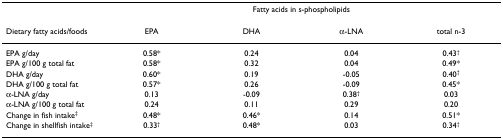
<table><thead><tr><td></td><td colspan="4"><b>Fatty acids in s-phospholipids</b></td></tr><tr><td><b>Dietary fatty acids/foods</b></td><td><b>EPA</b></td><td><b>DHA</b></td><td><b>α-LNA</b></td><td><b>total n-3</b></td></tr></thead><tbody><tr><td>EPA g/day</td><td>0.58*</td><td>0.24</td><td>0.04</td><td>0.43<sup>†</sup></td></tr><tr><td>EPA g/100 g total fat</td><td>0.58*</td><td>0.32</td><td>0.04</td><td>0.49*</td></tr><tr><td>DHA g/day</td><td>0.60*</td><td>0.19</td><td>-0.05</td><td>0.40<sup>†</sup></td></tr><tr><td>DHA g/100 g total fat</td><td>0.57*</td><td>0.26</td><td>-0.09</td><td>0.45*</td></tr><tr><td>α-LNA g/day</td><td>0.13</td><td>-0.09</td><td>0.38<sup>†</sup></td><td>0.03</td></tr><tr><td>α-LNA g/100 g total fat</td><td>0.24</td><td>0.11</td><td>0.29</td><td>0.20</td></tr><tr><td>Change in fish intake<sup>‡</sup></td><td>0.48*</td><td>0.46*</td><td>0.14</td><td>0.51*</td></tr><tr><td>Change in shellfish intake<sup>‡</sup></td><td>0.33<sup>†</sup></td><td>0.48*</td><td>0.03</td><td>0.34<sup>†</sup></td></tr></tbody></table>